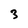
Character: 3